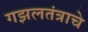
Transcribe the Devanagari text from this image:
गझलतंत्राचे